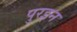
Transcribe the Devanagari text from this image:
पुरइन